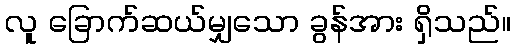
လူ ခြောက်ဆယ်မျှသော ခွန်အား ရှိသည်။